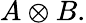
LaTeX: A\otimes B.